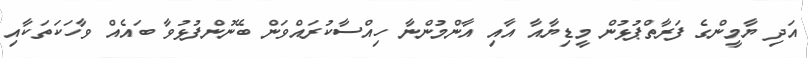
އަދި ޔާމީންގެ ފަރާތްޕުޅުން މީޑިޔާއާ އާއި އާންމުންނާ ހިއްސާކުރައްވަން ބޭނުންފުޅުވާ ބައެއް ވާހަކަތަކާއި